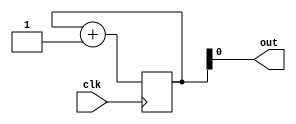
module middle (
    input  clk,
    output out
);
  reg [1:0] cnt = 0;
  wire clk_int;
  assign clk_int = clk;
  always @(posedge clk_int) begin
    cnt <= cnt + 1;
  end
  assign out = cnt[0];
endmodule